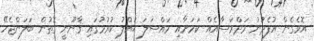
އޮވެގެން އުފެދުނު މަދްރަސާއެއް ކަމަށާއި މައްސަލަ ޙައްލު ކުރުމުގައި ޤާނޫނީ ގޮތުން ބަލަންޖެހޭ